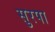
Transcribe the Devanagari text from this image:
सुरपा